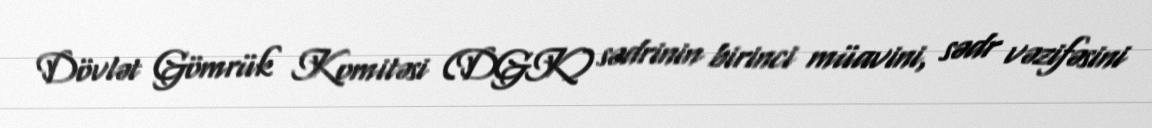
Dövlət Gömrük Komitəsi (DGK) sədrinin birinci müavini, sədr vəzifəsini